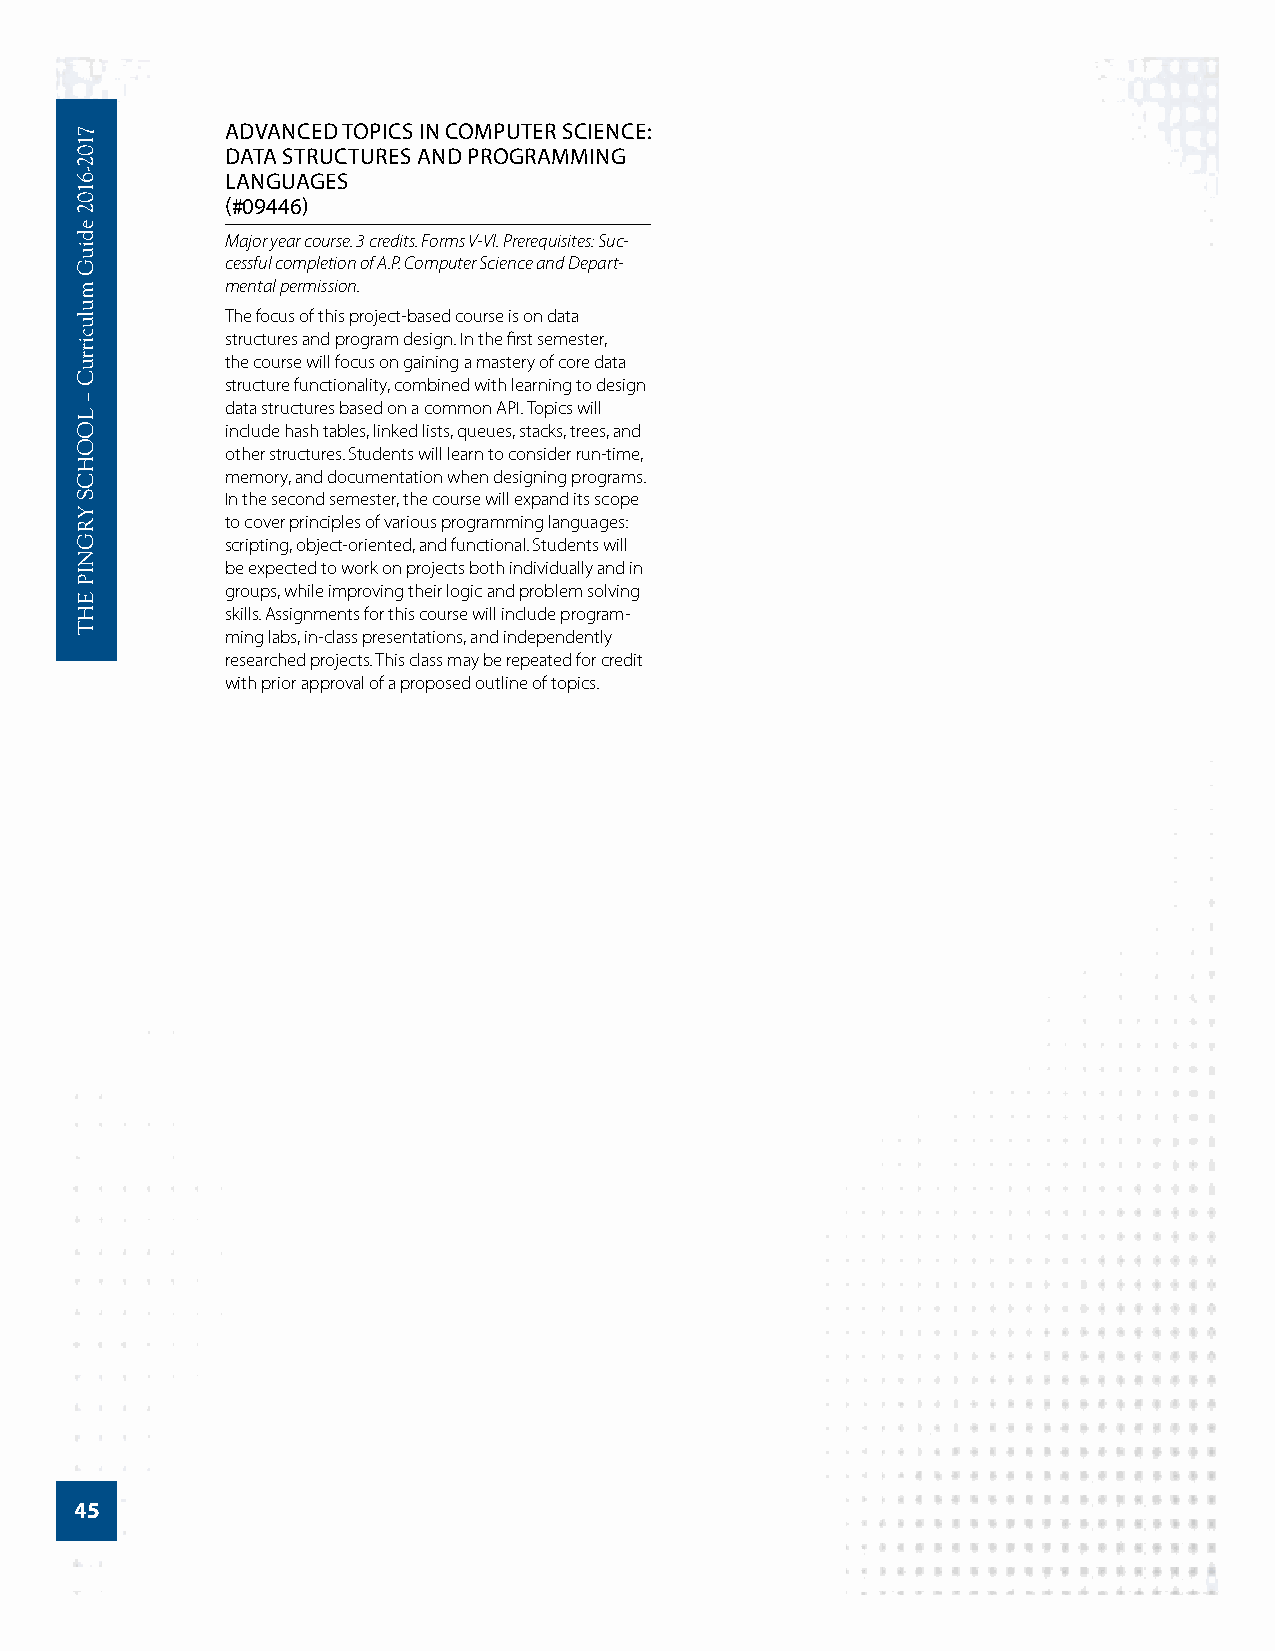
ADVANCED TOPICS IN COMPUTER SCIENCE:
 DATA STRUCTURES AND PROGRAMMING
 LANGUAGES
 (#09446)
 Major year course. 3 credits. Forms V-VI. Prerequisites: Suc-
 cessful completion of A.P. Computer Science and Depart-
 mental permission.
 The focus of this project-based course is on data
 structures and program design. In the first semester,
 the course will focus on gaining a mastery of core data
 structure functionality, combined with learning to design
 data structures based on a common API. Topics will
 include hash tables, linked lists, queues, stacks, trees, and
 other structures. Students will learn to consider run-time,
 memory, and documentation when designing programs.
 In the second semester, the course will expand its scope
 to cover principles of various programming languages:
 scripting, object-oriented, and functional. Students will
 be expected to work on projects both individually and in
 groups, while improving their logic and problem solving
 skills. Assignments for this course will include program-
 ming labs, in-class presentations, and independently
 researched projects. This class may be repeated for credit
 with prior approval of a proposed outline of topics.
 45
 7102-­6102
 ediuG
 mulucirruC
 –
 LOOHCS
 YRGNIP
 EHT